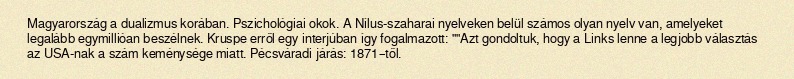
Magyarország a dualizmus korában. Pszichológiai okok. A Nílus-szaharai nyelveken belül számos olyan nyelv van, amelyeket legalább egymillióan beszélnek. Kruspe erről egy interjúban így fogalmazott: ""Azt gondoltuk, hogy a Links lenne a legjobb választás az USA-nak a szám keménysége miatt. Pécsváradi járás: 1871–től.